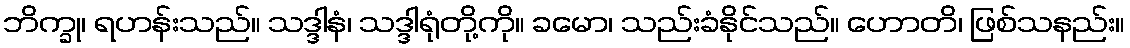
ဘိက္ခု၊ ရဟန်းသည်။ သဒ္ဒါနံ၊ သဒ္ဒါရုံတို့ကို။ ခမော၊ သည်းခံနိုင်သည်။ ဟောတိ၊ ဖြစ်သနည်း။